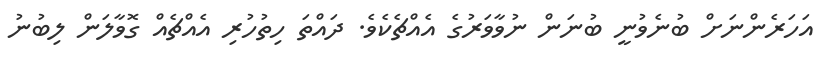
އަހަރެންނަށް ބުނެވުނީ ބުނަން ނުވާވަރުގެ އެއްޗެކެވެ. ދައްތަ ހިތުހުރި އެއްޗެއް ގޮވާލަން ލިބުނު